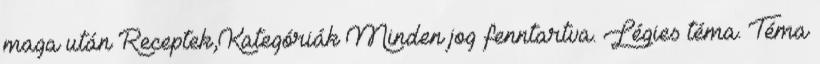
maga után Receptek,Kategóriák Minden jog fenntartva. Légies téma. Téma